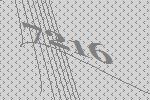
7216